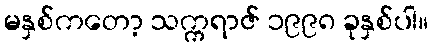
မနှစ်ကတော့ သက္ကရာဇ် ၁၉၉၈ ခုနှစ်ပါ။